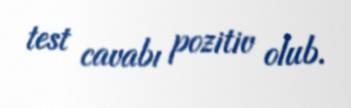
test cavabı pozitiv olub.